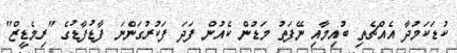
ކުޑަކަމުދާ އެއްޗެތި ބުއިމާއި ނޭފަތު މަޑުން ކެއުން ފަދަ ފަކުރުގަންނަ ފާޑުފާޑުގެ "ރިމެޑީޒް"